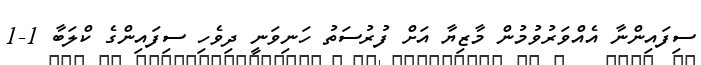
ސިފައިންނާ އެއްވަރުވުމުން މާޒިޔާ އަށް ފުރުސަތު ހަނިވަނީ ދިވެހި ސިފައިންގެ ކްލަބާ 1-1